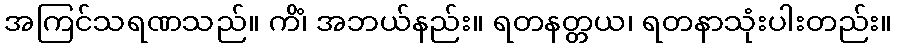
အကြင်သရဏသည်။ ကိံ၊ အဘယ်နည်း။ ရတနတ္တယ၊ ရတနာသုံးပါးတည်း။